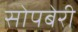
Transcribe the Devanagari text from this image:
सोपबेरी